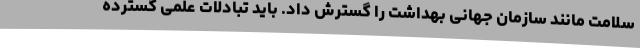
سلامت مانند سازمان جهانی بهداشت را گسترش داد. باید تبادلات علمی گسترده